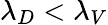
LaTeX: \lambda_{D}<\lambda_{V}